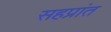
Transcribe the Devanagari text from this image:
सहप्रांत